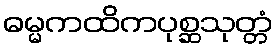
ဓမ္မကထိကပုစ္ဆသုတ္တံ